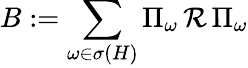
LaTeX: B:=\sum_{\omega\in\sigma(H)}\Pi_{\omega}\, \mathcal{R}\, \Pi_{\omega}